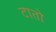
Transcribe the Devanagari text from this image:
टातो